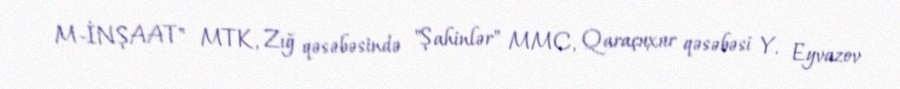
M-İNŞAAT" MTK, Zığ qəsəbəsində "Şahinlər" MMC, Qaraçuxur qəsəbəsi Y. Eyvazov